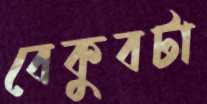
বেকুবটা